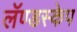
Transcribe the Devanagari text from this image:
लॅण्डस्केप